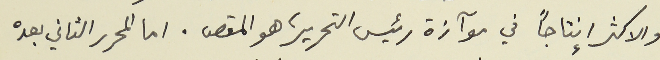
والاكثر إنتاجاً في موآزة رئيس التحرير، هو المقص. اما المحرر الثاني بعده